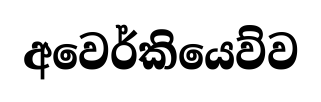
අවෙර්කියෙව්ව